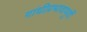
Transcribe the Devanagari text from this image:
गांधीप्रभावापूर्वी